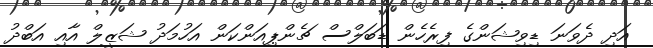
އަަދި ދެވަނަ ޑިވިޝަންގެ ފިރެހެން ޑަބަލްސް ޗެންޕިއަންކަން އަހުމަދު ޝަޒީލް އާއި އަބްދު